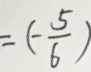
= ( - \frac { 5 } { 6 } )